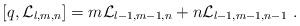
LaTeX: \begin{align*}[q, {\cal L}_{l,m,n}]=m{\cal L}_{l-1,m-1,n}+n{\cal L}_{l-1,m-1,n-1}\ .\end{align*}